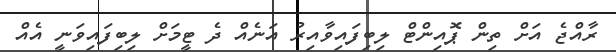
ރާއްޖެ އަށް ތިން ޕޮއިންޓް ލިބިފައިވާއިރު އަނެއް ދެ ޓީމަށް ލިބިފައިވަނީ އެއް